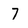
Character: 7